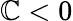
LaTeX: \mathbb{C}<0